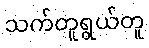
သက်တူရွယ်တူ